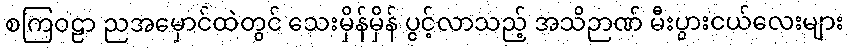
စကြဝဠာ ညအမှောင်ထဲတွင် သေးမှိန်မှိန် ပွင့်လာသည့် အသိဉာဏ် မီးပွားငယ်လေးများ